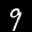
Label: 9